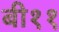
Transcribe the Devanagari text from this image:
बी११